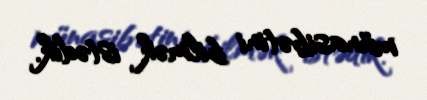
münasibətini bilmək istədik.